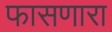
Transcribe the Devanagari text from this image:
फासणारा